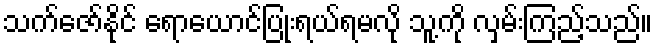
သက်ဇော်နိုင် ရောယောင်ပြုံးရယ်ရမလို သူ့ကို လှမ်းကြည့်သည်။